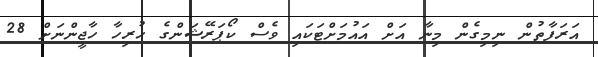
އަރަފާތުން ނިމިގެން މިނާ އަށް އައުމަށްޓަކައި ވެސް ކޯޕަރޭޝަންގެ ހުރިހާ ހާޖީންނަށް 28